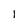
Character: 1